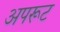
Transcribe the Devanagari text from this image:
अपरूट